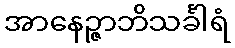
အာနေဉ္ဇာဘိသင်္ခါရံ